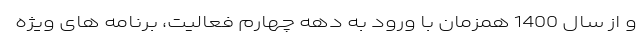
و از سال 1400 همزمان با ورود به دهه چهارم فعالیت، برنامه های ویژه